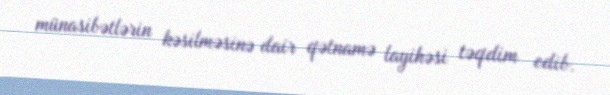
münasibətlərin kəsilməsinə dair qətnamə layihəsi təqdim edib.